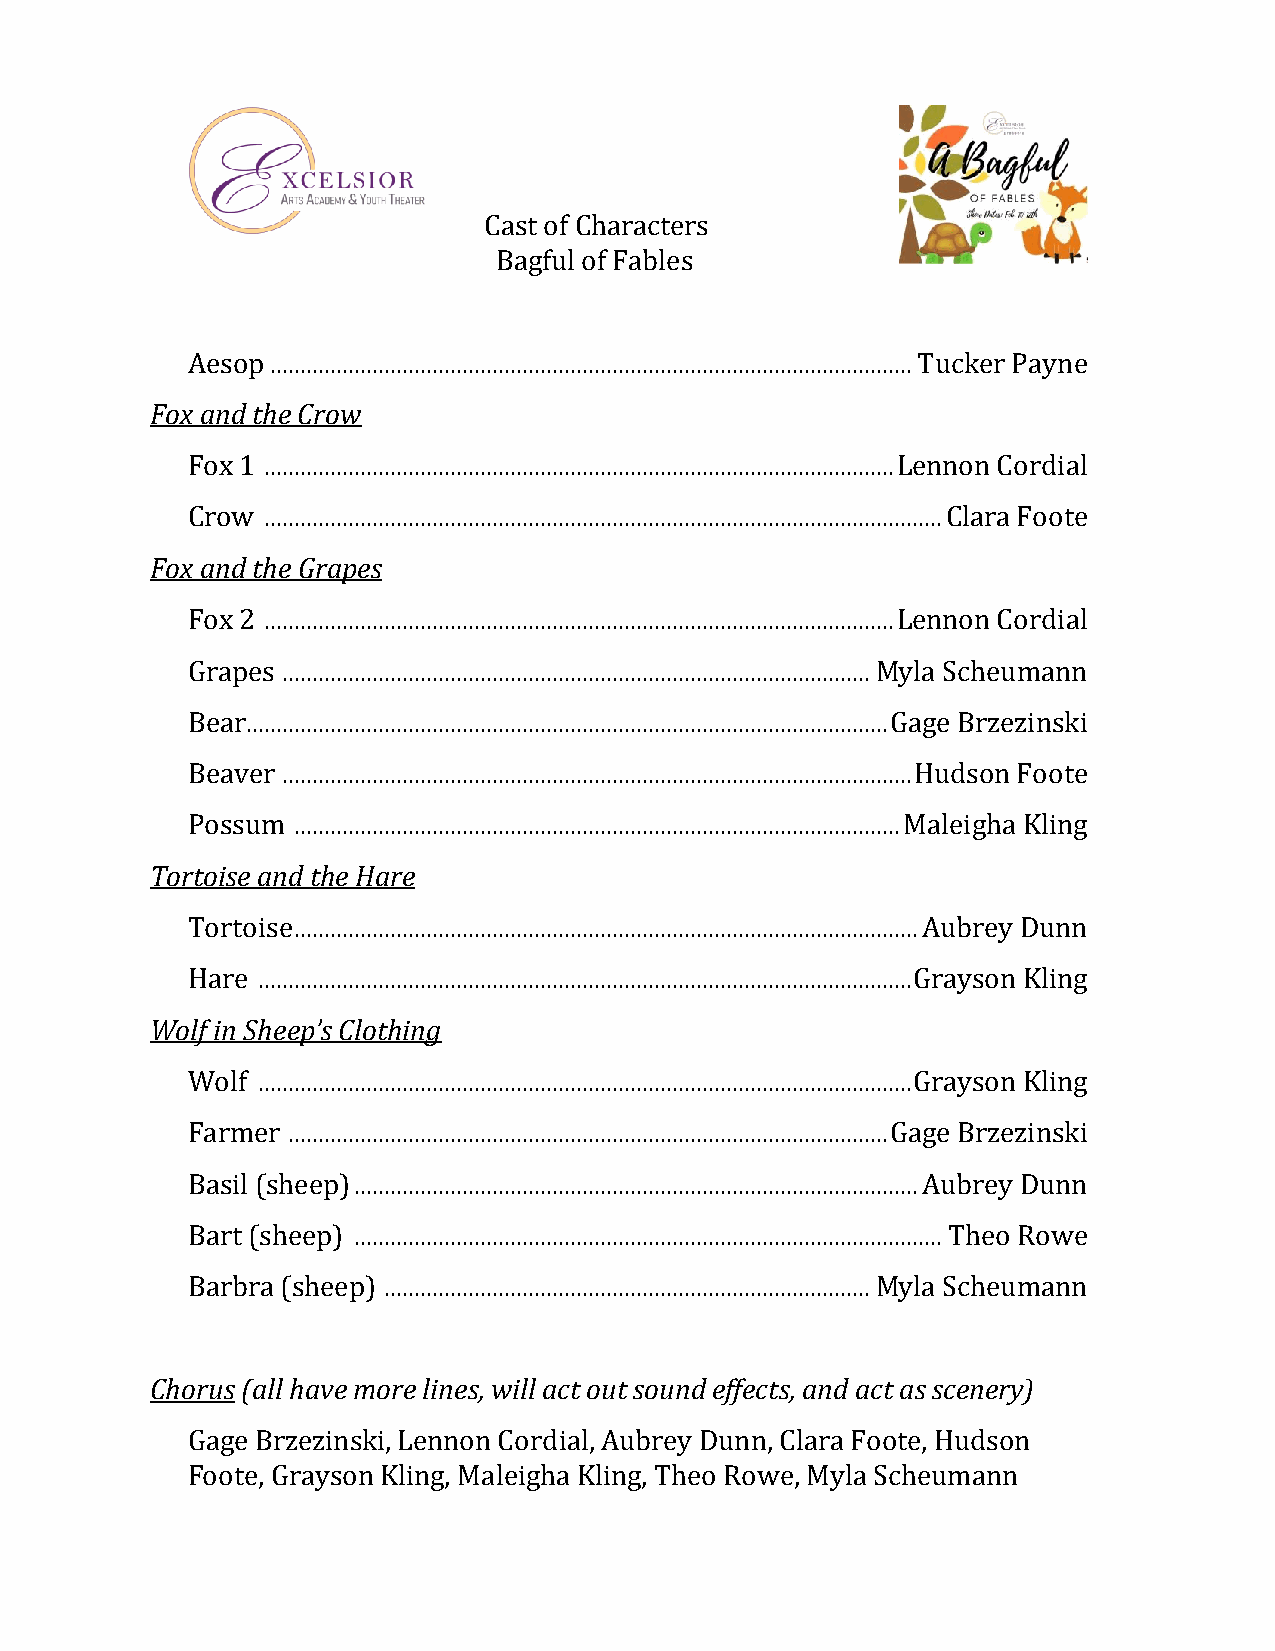
Cast of Characters
 Bagful of Fables
 Aesop ........................................................................................................... Tucker Payne
 Fox and the Crow
 Fox 1 ......................................................................................................... Lennon Cordial
 Crow ................................................................................................................. Clara Foote
 Fox and the Grapes
 Fox 2 ......................................................................................................... Lennon Cordial
 Grapes .................................................................................................. Myla Scheumann
 Bear ........................................................................................................... Gage Brzezinski
 Beaver ......................................................................................................... Hudson Foote
 Possum ..................................................................................................... Maleigha Kling
 Tortoise and the Hare
 Tortoise ........................................................................................................ Aubrey Dunn
 Hare ............................................................................................................. Grayson Kling
 Wolf in Sheep’s Clothing
 Wolf ............................................................................................................. Grayson Kling
 Farmer .................................................................................................... Gage Brzezinski
 Basil (sheep) .............................................................................................. Aubrey Dunn
 Bart (sheep) .................................................................................................. Theo Rowe
 Barbra (sheep) ................................................................................. Myla Scheumann
 Chorus (all have more lines, will act out sound effects, and act as scenery)
 Gage Brzezinski, Lennon Cordial, Aubrey Dunn, Clara Foote, Hudson
 Foote, Grayson Kling, Maleigha Kling, Theo Rowe, Myla Scheumann